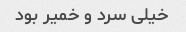
خیلی سرد و خمیر بود